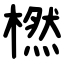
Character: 橪